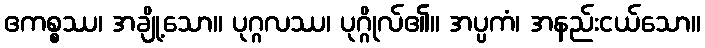
ဧကစ္စဿ၊ အချို့သော။ ပုဂ္ဂလဿ၊ ပုဂ္ဂိုလ်၏။ အပ္ပကံ၊ အနည်းငယ်သော။